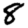
Digit: 8